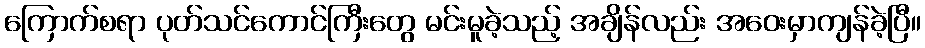
ကြောက်စရာ ပုတ်သင်ကောင်ကြီးတွေ မင်းမူခဲ့သည့် အချိန်လည်း အဝေးမှာကျန်ခဲ့ပြီ။